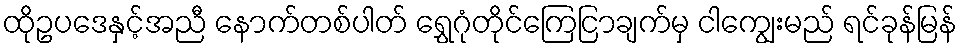
ထိုဥပဒေနှင့်အညီ နောက်တစ်ပါတ် ရွှေဂုံတိုင်ကြေငြာချက်မှ ငါကျွေးမည် ရင်ခုန်မြန်